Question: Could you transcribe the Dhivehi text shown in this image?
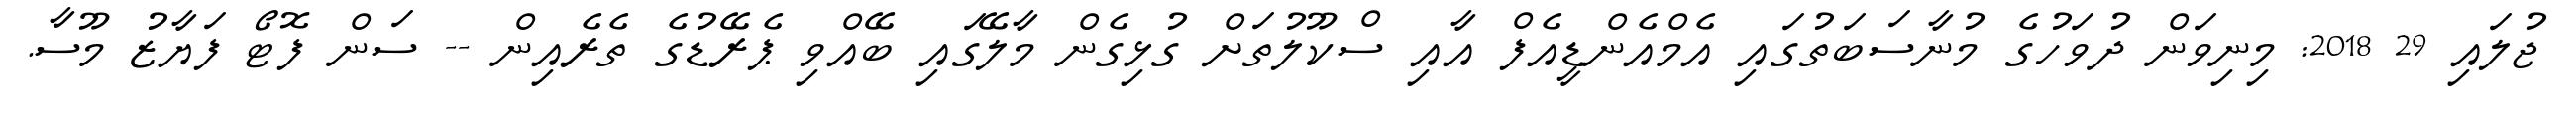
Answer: ޖުލައި 29 2018: މިނިވަން ދުވަހުގެ މުނާސަބަތުގައި އެމްއެންޑީއެފް އާއި ސްކޫލުތަށް ގުޅިގެން މާލޭގައި ބޭއްވި ޕެރޭޑުގެ ތެރެއިން -- ސަން ފޮޓޯ ފަޔާޒު މޫސާ.